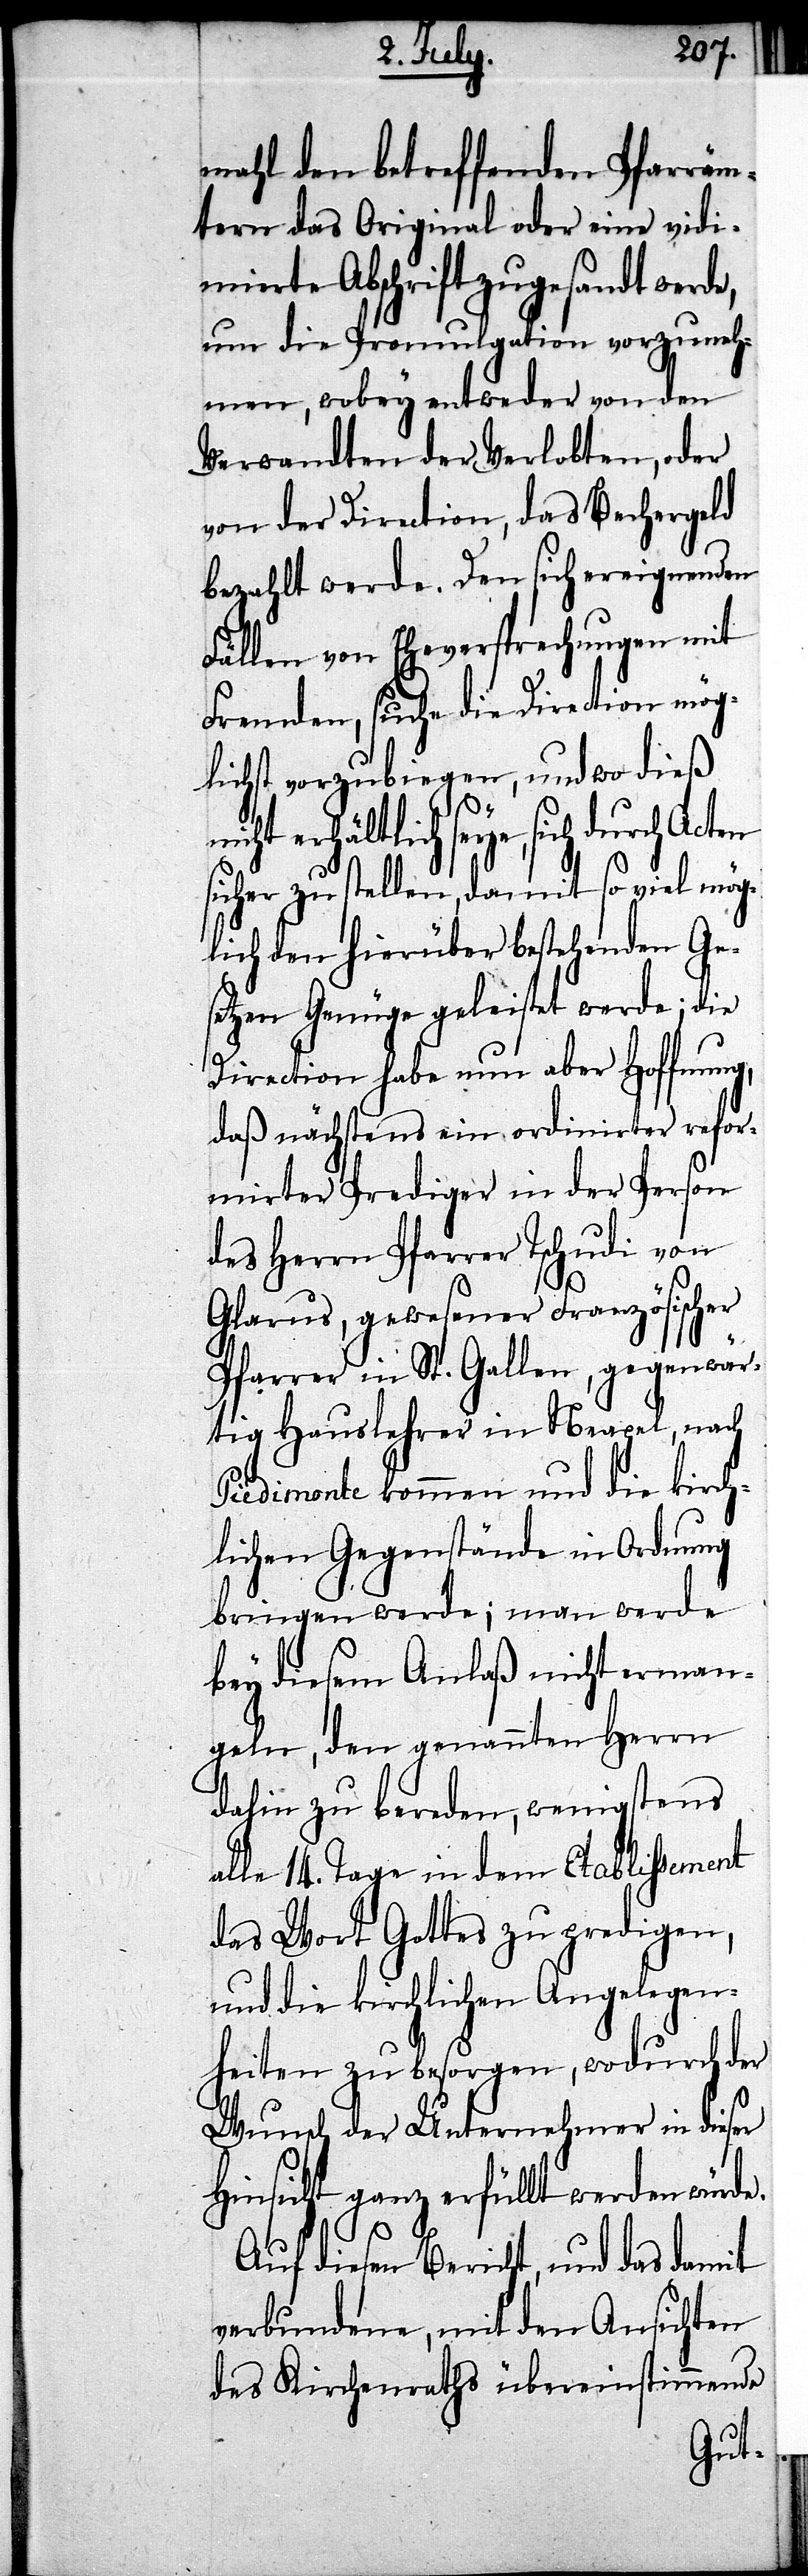
mahl den betreffenden Pfarräm¬
tern das Original oder eine vid¬
mierte Abschrift zugesandt werde,
um die Promulgation vorzuneh¬
men, wobey entweder von den
Verwandten der Verlobten, oder
von der Direction, das Bechergeld
bezahlt werde. Den sich ereignenden
Fällen von Eheversprechungen mit
Fremden, suche die Direction mög¬
lichst vorzubringen, und wo dieß
cht erhältlich seye, sich durch
sicher zu stellen, damit so viel mög¬
lich den hierüber bestehenden Ge¬
setzen Genüge geleistet werde; die
Direction habe nun aber Hoffnung,
daß nächstens ein ordinirter refor¬
mirter Prediger in der Person
des Herrn Pfarrer Tschudi von
Glarus, gewesener Französischer
Pfarrer in St. Gallen, gegenwär¬
tig Hauslehrer in Neapel, nach
Piedimonte kommen und die kirch¬
lichen Gegenstände in Ordnung
bringen werde; man werde
bey diesem Anlaß nicht erman¬
geln, den genannten Herrn
dahin zu bereden, wenigstens
alle 14. Tage in dem Etablissement
das Wort Gottes zu predigen,
und die kirchlichen Angelegen¬
heiten zu besorgen, wodurch der
Wunsch der Unternehmer in dieser
Hinsicht ganz erfüllt werden würde.
Auf diesen Bericht, und das damit
verbundene, mit den Ansichten
des Kriegsraths übereinstimmende
ni¬